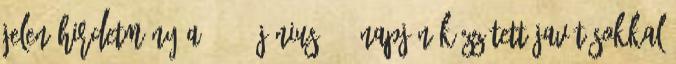
Jelen Hirdetmény a 2015. június 05. napján közzétett javításokkal